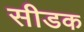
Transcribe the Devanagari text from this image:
सीडक